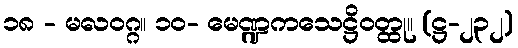
၁၈ - မလဝဂ္ဂ။ ၁၀- မေဏ္ဍကသေဋ္ဌိဝတ္ထု။ (ဋ္ဌ-၂၃၂)